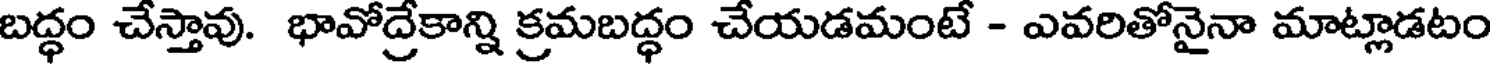
బద్ధం చేస్తావు. భావోద్రేకాన్ని క్రమబద్ధం చేయడమంటే - ఎవరితోనైనా మాట్లాడటం